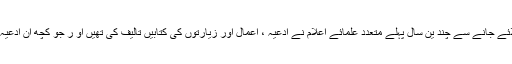
اس کی وجہ یہ ہے کہ کتاب خانہ کے جلائے جانے سے چند ین سال پہلے متعدد علمائے اعلام نے ادعیہ ، اعمال اور زیارتوں کی کتابیں تالیف کی تھیں او ر جو کچھ ان ادعیہ اصول میں موجود تھا اسے اخذ کر لیا تھا۔